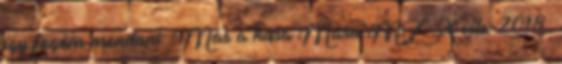
így fogom mondani: "Más a kása Masa"MZ X vita 2018.